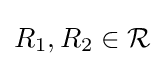
R_{1},R_{2}\in {\mathcal {R}}